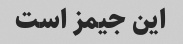
این جیمز است